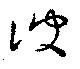
諛